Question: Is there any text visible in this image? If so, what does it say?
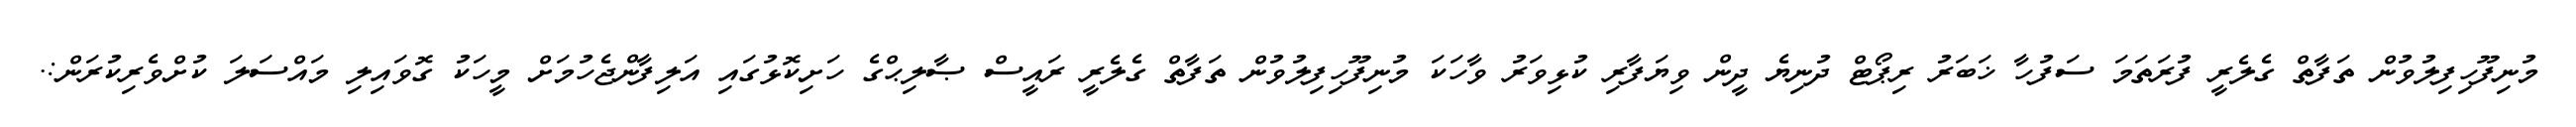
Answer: މުނިފޫހިފިލުވުން ތަފާތް ގެލެރީ ފުރަތަމަ ސަފުހާ ޚަބަރު ރިޕޯޓް ދުނިޔެ ދީން ވިޔަފާރި ކުޅިވަރު ވާހަކަ މުނިފޫހިފިލުވުން ތަފާތް ގެލެރީ ރައީސް ޞާލިޙްގެ ހަށިކޮޅުގައި އަލިފާންޖެހުމަށް މީހަކު ގޮވައިލި މައްސަލަ ކުށްވެރިކުރަން:.